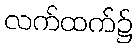
လက်ထက်၌